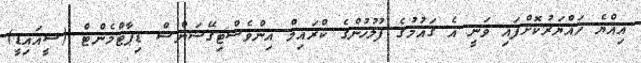
އިއްޔެ ހައްޔަރުކޮށްފައި ވަނީ އެ ގައުމުގެ ފުލުހުންގެ ކްރައިމް އިންވެސްޓިގޭޝަންސް ޑިޕާޓްމެންޓް (ސީއައިޑީ)